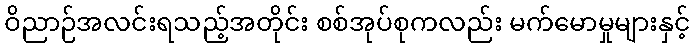
ဝိညာဉ်အလင်းရသည့်အတိုင်း စစ်အုပ်စုကလည်း မက်မောမှုများနှင့်